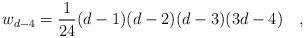
LaTeX: \begin{align*}w_{d-4}={1 \over 24}(d-1)(d-2)(d-3)(3d-4)~~~,\end{align*}